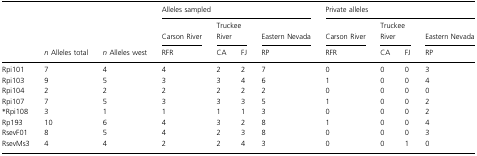
<table><thead><tr><td>[EMPTY_CELL]</td><td>[EMPTY_CELL]</td><td>[EMPTY_CELL]</td><td colspan="4"><b>Alleles sampled</b></td><td colspan="4"><b>Private alleles</b></td></tr><tr><td>[EMPTY_CELL]</td><td>[EMPTY_CELL]</td><td>[EMPTY_CELL]</td><td><b>Carson River</b></td><td colspan="2"><b>Truckee River</b></td><td><b>Eastern Nevada</b></td><td><b>Carson River</b></td><td colspan="2"><b>Truckee River</b></td><td><b>Eastern Nevada</b></td></tr><tr><td>[EMPTY_CELL]</td><td><b><i>n</i> Alleles total</b></td><td><b><i>n</i> Alleles west</b></td><td><b>RFR</b></td><td><b>CA</b></td><td><b>FJ</b></td><td><b>RP</b></td><td><b>RFR</b></td><td><b>CA</b></td><td><b>FJ</b></td><td><b>RP</b></td></tr></thead><tbody><tr><td>Rpi101</td><td>7</td><td>4</td><td>4</td><td>2</td><td>2</td><td>7</td><td>0</td><td>0</td><td>0</td><td>3</td></tr><tr><td>Rpi103</td><td>9</td><td>5</td><td>3</td><td>3</td><td>4</td><td>6</td><td>1</td><td>0</td><td>0</td><td>4</td></tr><tr><td>Rpi104</td><td>2</td><td>2</td><td>2</td><td>2</td><td>2</td><td>2</td><td>0</td><td>0</td><td>0</td><td>0</td></tr><tr><td>Rpi107</td><td>7</td><td>5</td><td>3</td><td>3</td><td>3</td><td>5</td><td>1</td><td>0</td><td>0</td><td>2</td></tr><tr><td>*Rpi108</td><td>3</td><td>1</td><td>1</td><td>1</td><td>1</td><td>3</td><td>0</td><td>0</td><td>0</td><td>2</td></tr><tr><td>Rp193</td><td>10</td><td>6</td><td>4</td><td>3</td><td>2</td><td>8</td><td>1</td><td>0</td><td>0</td><td>4</td></tr><tr><td>RsevF01</td><td>8</td><td>5</td><td>4</td><td>2</td><td>3</td><td>8</td><td>0</td><td>0</td><td>0</td><td>3</td></tr><tr><td>RsevMs3</td><td>4</td><td>4</td><td>2</td><td>2</td><td>4</td><td>3</td><td>0</td><td>0</td><td>1</td><td>0</td></tr></tbody></table>